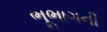
ભૂભાગની